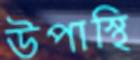
উপাস্থি